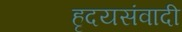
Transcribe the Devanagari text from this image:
हृदयसंवादी